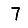
Digit: 7